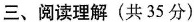
三、阅读理解(共35分)